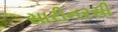
સારીનરસી